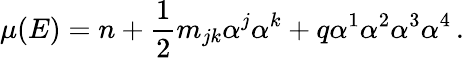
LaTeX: \mu(E)=n+\frac{1}{2}m_{jk}\alpha^{j}\alpha^{k}+q\alpha^{1}\alpha^{2}\alpha^{3}\alpha^{4}\, .